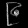
Digit: ၉